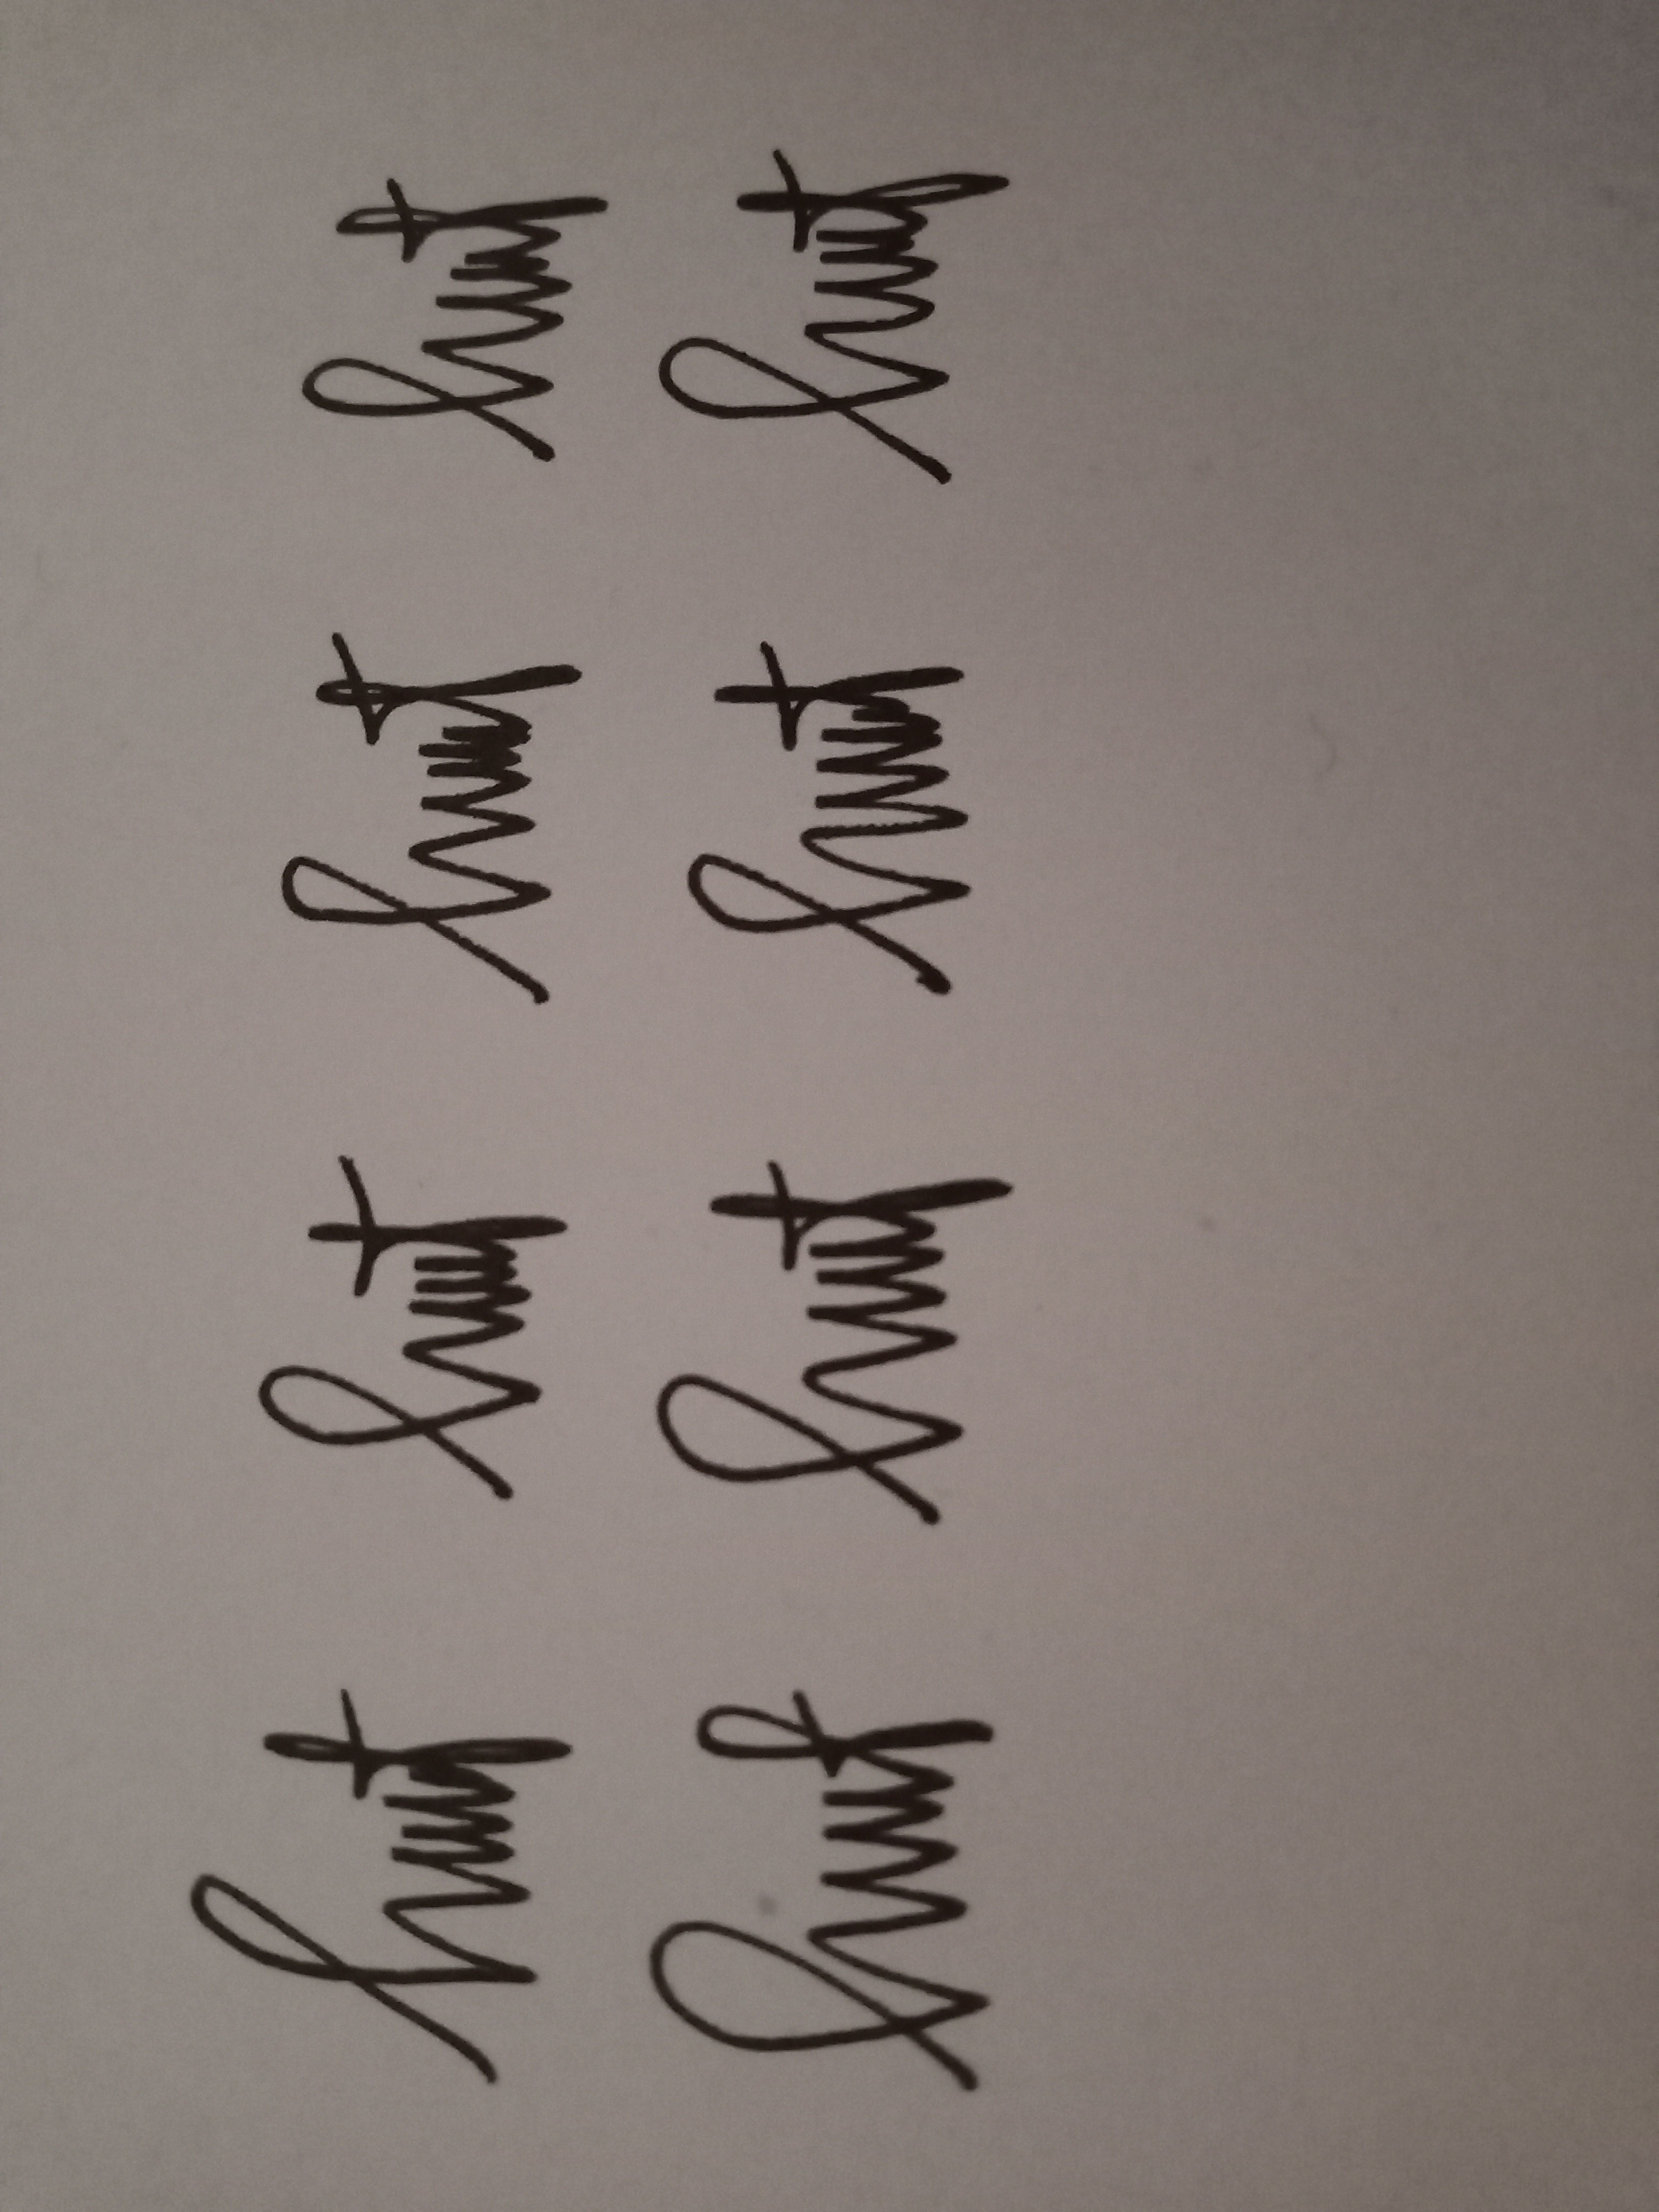
Signature authenticity: genuine